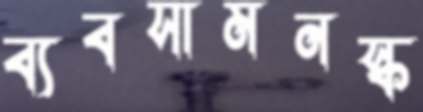
ব্যবসামনস্ক